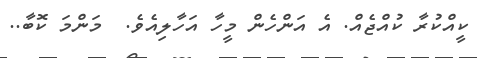
ކީއްކުރާ ކުއްޖެއް. އެ އަންހެން މީހާ އަހާލިއެވެ.  މަންމަ ކޮބާ..